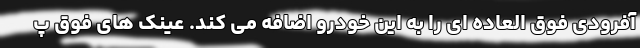
آفرودی فوق العاده ای را به این خودرو اضافه می کند. عینک های فوق پ